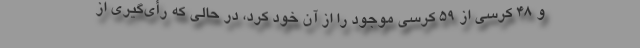
و ۴۸ کرسی از ۵۹ کرسی موجود را از آن خود کرد، در حالی که رأی‌گیری از